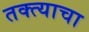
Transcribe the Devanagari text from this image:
तक्त्याचा